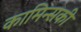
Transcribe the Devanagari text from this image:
कामिन्सकी